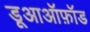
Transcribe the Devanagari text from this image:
डूआऑफ़ॉड